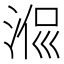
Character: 𣶜